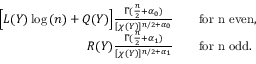
\begin{array} { r l } { \Big [ L ( Y ) \log { ( n ) } + Q ( Y ) \Big ] \frac { \Gamma ( \frac { n } { 2 } + \alpha _ { 0 } ) } { [ \chi ( Y ) ] ^ { n / 2 + \alpha _ { 0 } } } } & { \quad \mathrm { f o r ~ n ~ e v e n } , } \\ { R ( Y ) \frac { \Gamma ( \frac { n } { 2 } + \alpha _ { 1 } ) } { [ \chi ( Y ) ] ^ { n / 2 + \alpha _ { 1 } } } } & { \quad \mathrm { f o r ~ n ~ o d d } . } \end{array}